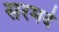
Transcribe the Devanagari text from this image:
सरमदे